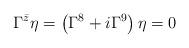
LaTeX: \begin{align*}\Gamma^{\bar{z}}\eta=\left(\Gamma^8+i\Gamma^9\right)\eta=0\end{align*}